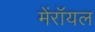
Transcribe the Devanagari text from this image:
मेंरॉयल